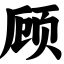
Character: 顾